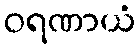
ဝရဏာယံ